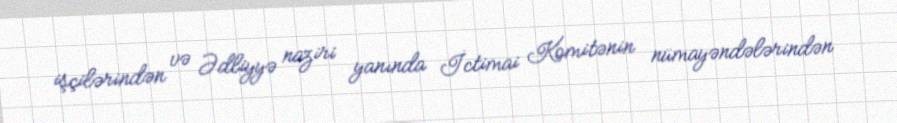
işçilərindən və Ədliyyə naziri yanında İctimai Komitənin nümayəndələrindən